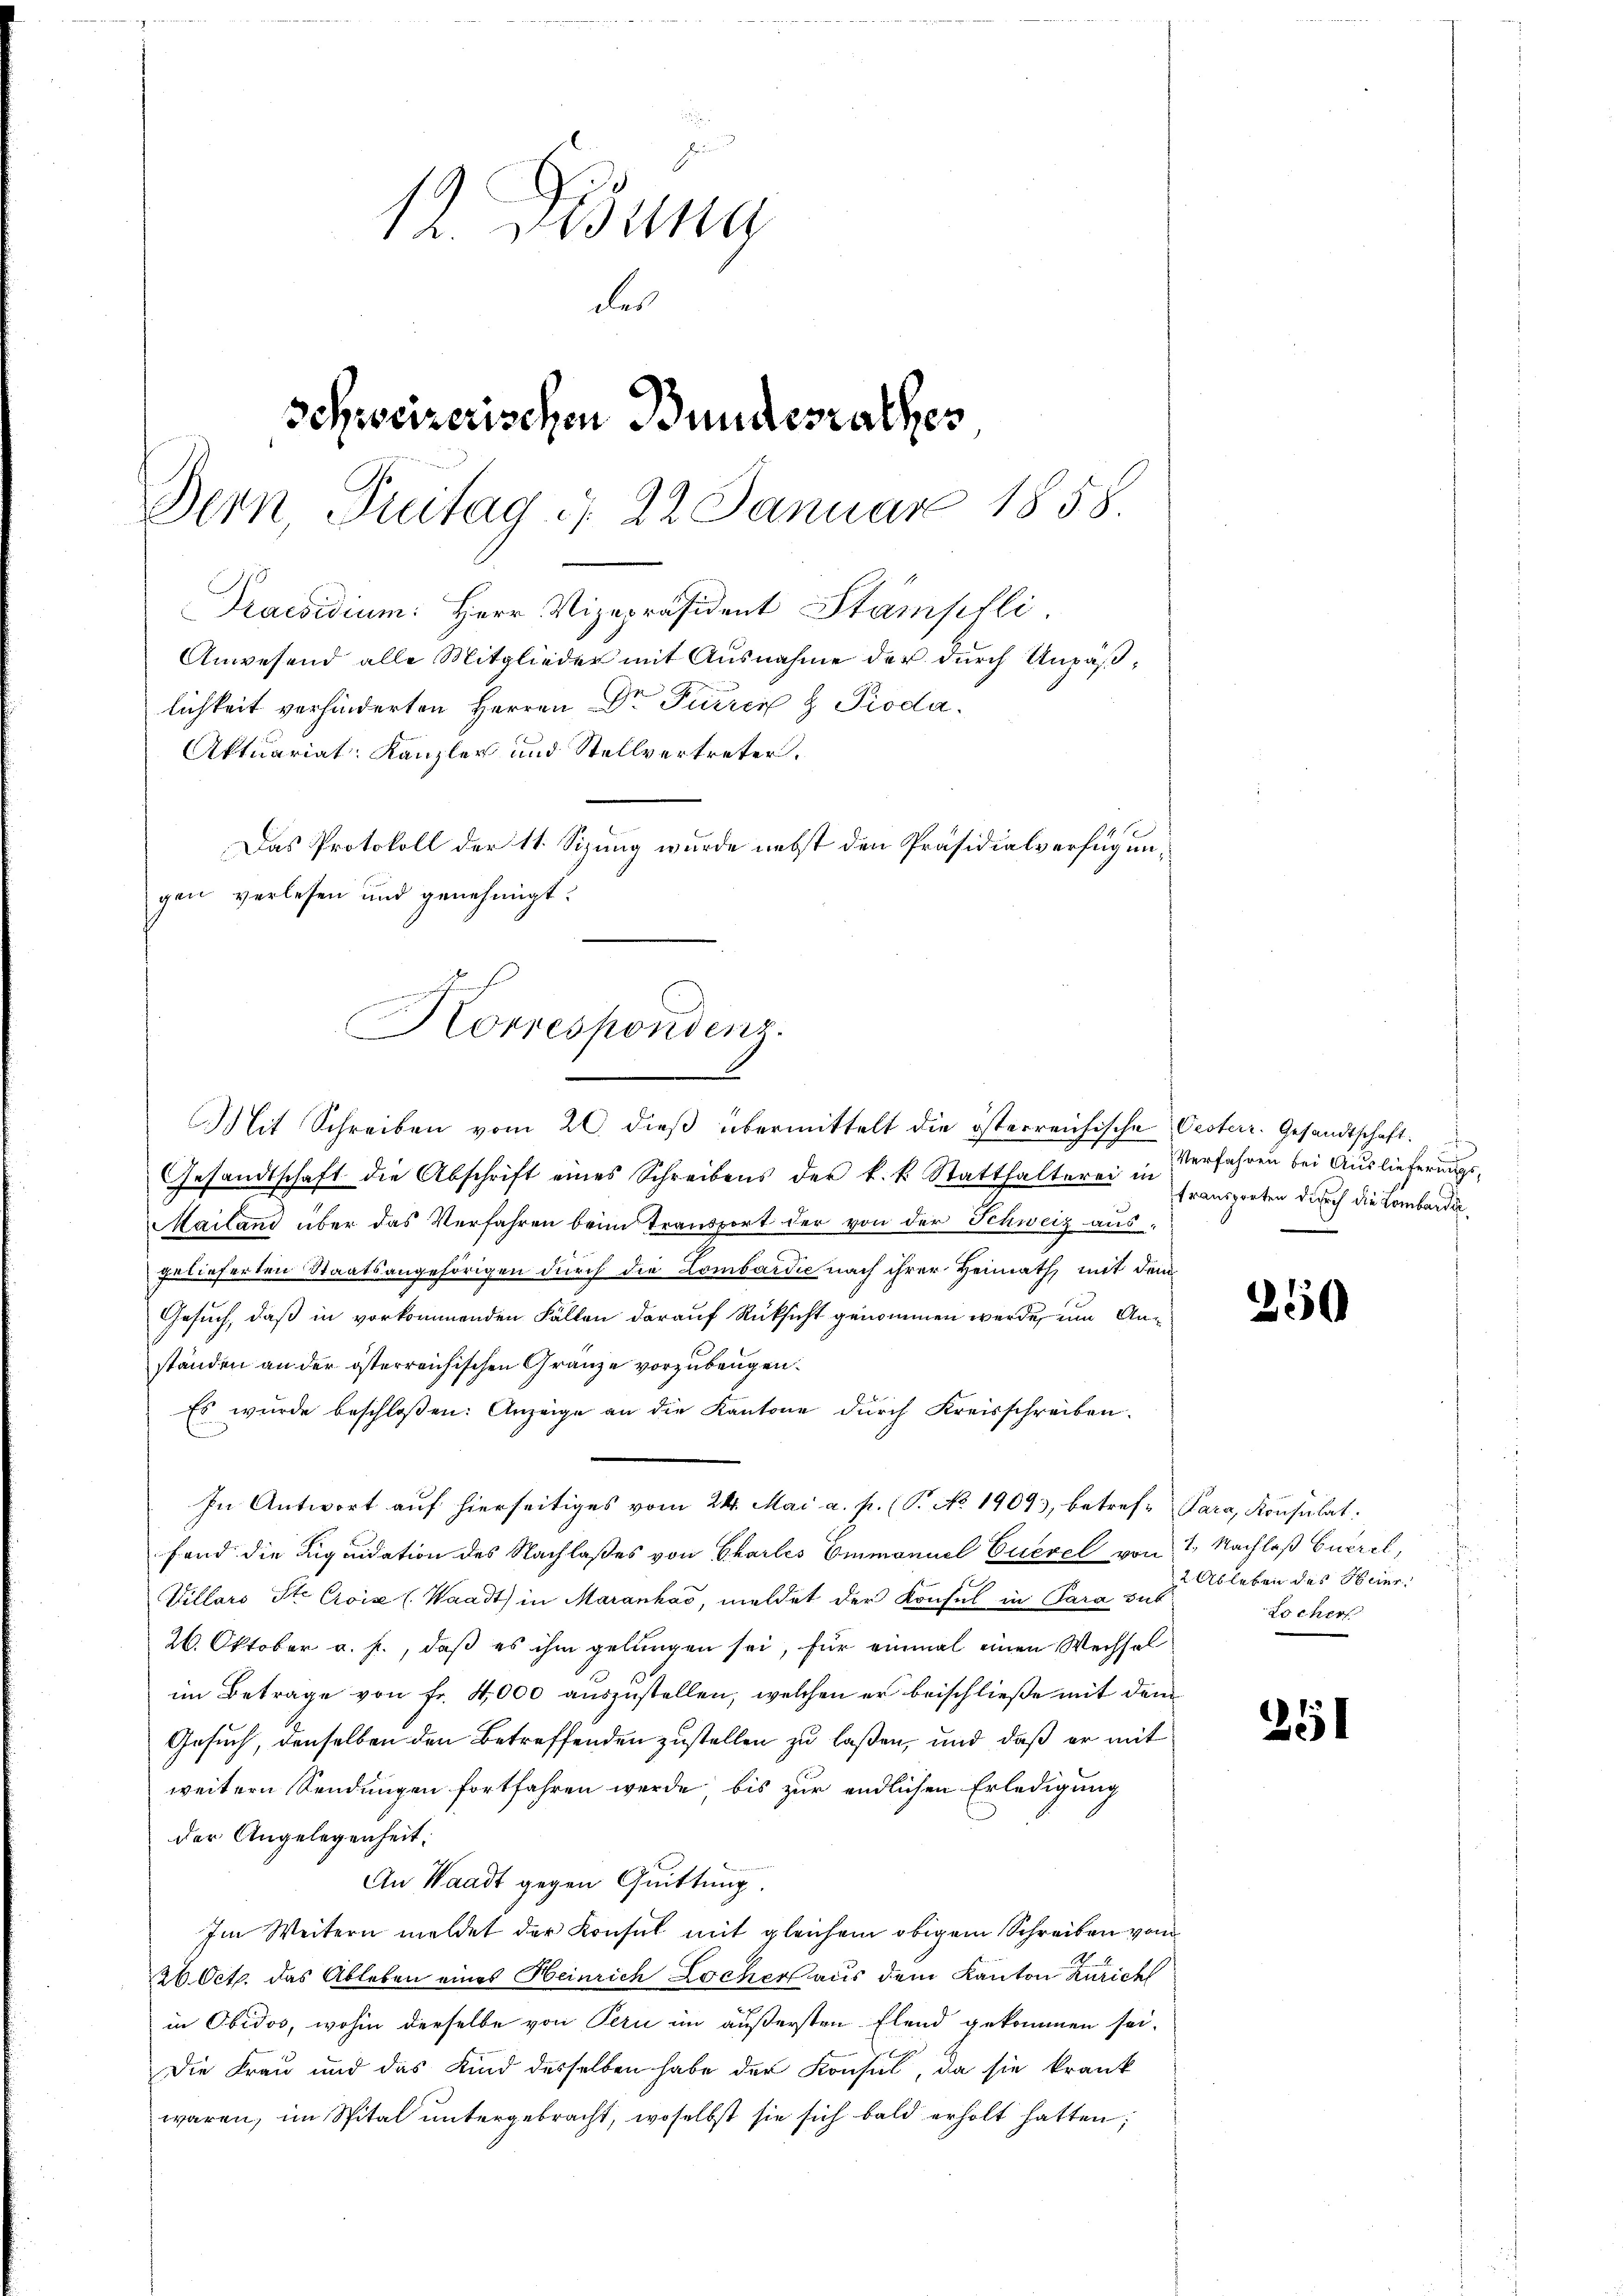
.

gen verlesen und genehmigt.

12. Dedung
des
Schweizerischen Bundesrathes
Dern, Pritag d. 22. Januar 1858.

Horrespondenz.

Praesidium. Herr Vizepräsident Stämpfli
Anwesend alle Mitglieder mit Ausnahme der durch Unpäßlichkeit verhinderten Herren Dr Furrer H Pioda.
Aktuariat: Kanzler und Stellvertreter.
Das Protokoll der 11. Sizung wurde nebst den Präsidialverfügun¬

Mit Schreiben vom 20. dieβ übermittelt die österreichische Oesterr. Gesandtschaft
Gesandtschaft die Abschrift eines Schreibens der k. k. Statthalterer in franspreten durch die Lombardi¬
Mailand über das Verfahren beim Transport der von der Schweiz aus
gelieferten Staatsangehörigen durch die Lombardie nach ihrer Heimath mit dem
Gesuch, daß in vorkommenden Fällen darauf Rüksicht genommen werde, um Anständen an der österreichischen Gränze vorzubeugen.
Es wurde beschloßen: Anzeige an die Kantone durch Kreisschreiben.
In Antwort auf hierseitiges vom 24. Mai a. f. (S. No 19093, betrefe Para, Konsulat
fand die Liquidation des Nachlaßes von Charles Ommaniel Euerel von 1. Nachlaß Euerel,
Villars St. Croix (Waadt) in Maranhao, meldet der Konsul in Para sub
26. Oktober a. f., daß es ihm gelungen sei, für einmal einen Wechsel
im Beträge von fr. 4,000 auszustellen, welchen er beischließe mit dem
Gesuch, denselben den Betreffenden zustellen zu laßen, und daß er mit
weitern Sendungen fortfahren werde, bis zur endlichen Erledigung
der Angelegenheit:
An Waadt gegen Quittung.
Im Weitern meldet der Konsul mit gleichem obigem Schreiben vom
26. Oct. das Ableben eines Heinrich Locher aus dem Kanton Züricht
in Obidos, wohin derselbe von Pern im äußersten Elend gekommen sei.
Die Frau und das Kind desselben habe der Konsul, da sie krank
waren, im Spital untergebracht, woselbst sie sich bald erholt hatten;

Verfahren bei Auslieferungs¬

250

2 Ableben des Heinr
Locher

251